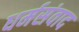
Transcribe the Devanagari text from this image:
धर्मसंवाद